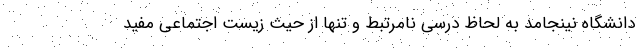
دانشگاه نینجامد به لحاظ درسی نامرتبط و تنها از حیث زیست اجتماعی مفید